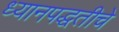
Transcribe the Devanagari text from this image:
ध्यानपद्धतीचे